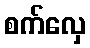
စက်လှေ